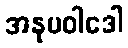
အနုပဝါဒေါ